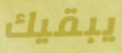
يبقيك